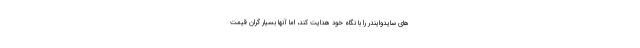
های سایدوایندر را با نگاه خود هدایت کند، اما آنها بسیار گران قیمت